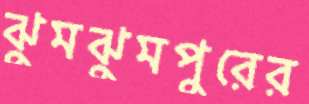
ঝুমঝুমপুরের